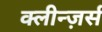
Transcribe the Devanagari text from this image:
क्लीन्ज़र्स